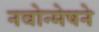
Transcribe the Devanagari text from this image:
नवोन्मेषने